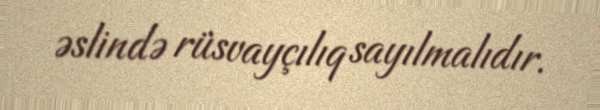
əslində rüsvayçılıq sayılmalıdır.